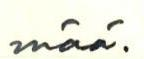
mää.